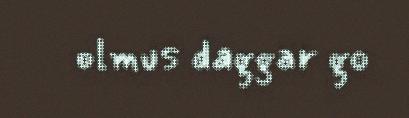
olmus daggar go